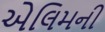
એલિમની